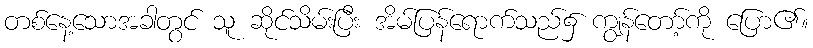
တစ်နေ့သောအခါတွင် သူ ဆိုင်သိမ်းပြီး အိမ်ပြန်ရောက်သည်၌ ကျွန်တော့်ကို ပြော၏။